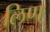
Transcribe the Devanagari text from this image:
लिण्